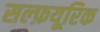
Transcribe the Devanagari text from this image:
सल्फ़यूरिक